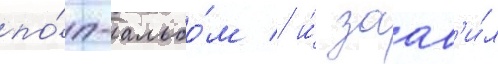
по́п-альбо́м / и́ заав'и́л